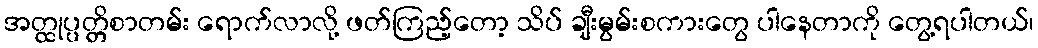
အတ္ထုပ္ပတ္တိစာတမ်း ရောက်လာလို့ ဖတ်ကြည့်တော့ သိပ် ချီးမွမ်းစကားတွေ ပါနေတာကို တွေ့ရပါတယ်၊